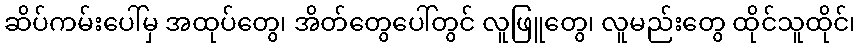
ဆိပ်ကမ်းပေါ်မှ အထုပ်တွေ၊ အိတ်တွေပေါ်တွင် လူဖြူတွေ၊ လူမည်းတွေ ထိုင်သူထိုင်၊